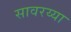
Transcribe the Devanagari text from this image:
सावरय्या